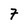
Character: 7